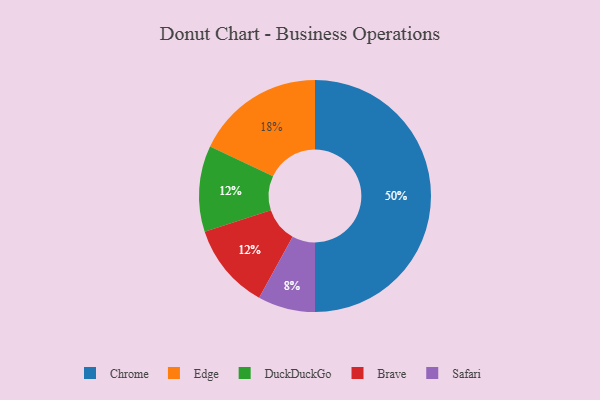
{"axis": {"x": "Category", "y": "Percentage"}, "legend": ["Brave", "Chrome", "DuckDuckGo", "Edge", "Safari"], "data": [{"x": "DuckDuckGo", "y": 12, "type": "DuckDuckGo"}, {"x": "Edge", "y": 18, "type": "Edge"}, {"x": "Safari", "y": 8, "type": "Safari"}, {"x": "Brave", "y": 12, "type": "Brave"}, {"x": "Chrome", "y": 50, "type": "Chrome"}]}